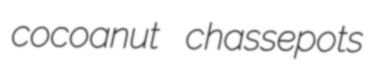
cocoanut chassepots